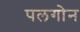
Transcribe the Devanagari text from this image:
पलगोन